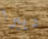
ديبرا